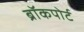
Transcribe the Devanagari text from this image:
ब्रॉकपोर्ट